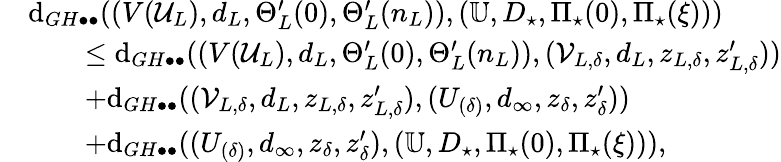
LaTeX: \begin{array}{rl}&{\mathrm{d}_{GH\bullet\bullet}((V(\mathcal{U}_{L}),d_{L},\Theta_{L}^{\prime}(0),\Theta_{L}^{\prime}(n_{L})),(\mathbb{U},D_{\star},\Pi_{\star}(0),\Pi_{\star}(\xi)))}\\ &{\qquad\leq\mathrm{d}_{GH\bullet\bullet}((V(\mathcal{U}_{L}),d_{L},\Theta_{L}^{\prime}(0),\Theta_{L}^{\prime}(n_{L})),(\mathcal{V}_{L,\delta},d_{L},z_{L,\delta},z_{L,\delta}^{\prime}))}\\ &{\qquad+\mathrm{d}_{GH\bullet\bullet}((\mathcal{V}_{L,\delta},d_{L},z_{L,\delta},z_{L,\delta}^{\prime}),(U_{(\delta)},d_{\infty},z_{\delta},z_{\delta}^{\prime}))}\\ &{\qquad+\mathrm{d}_{GH\bullet\bullet}((U_{(\delta)},d_{\infty},z_{\delta},z_{\delta}^{\prime}),(\mathbb{U},D_{\star},\Pi_{\star}(0),\Pi_{\star}(\xi))),}\end{array}